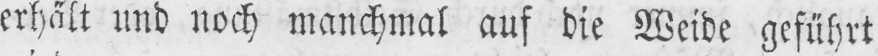
erhält und noch manchmal auf die Weide geführt